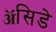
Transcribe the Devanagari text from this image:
ॲसिडे